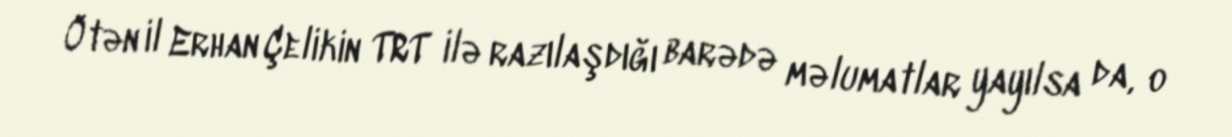
Ötən il Erhan Çelikin TRT ilə razılaşdığı barədə məlumatlar yayılsa da, o